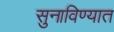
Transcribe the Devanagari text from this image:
सुनाविण्यात